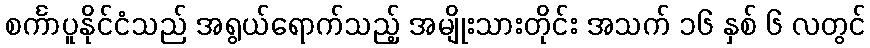
စင်္ကာပူနိုင်ငံသည် အရွယ်ရောက်သည့် အမျိုးသားတိုင်း အသက် ၁၆ နှစ် ၆ လတွင်